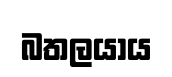
බතලයාය